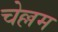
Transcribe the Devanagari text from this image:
चेल्लम